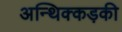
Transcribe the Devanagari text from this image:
अन्थिक्कड़की